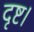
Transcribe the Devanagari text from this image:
दृष्ट।